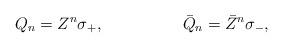
LaTeX: \begin{align*} Q_n=Z^n\sigma_+,\hskip 2cm \bar Q_n=\bar Z^n\sigma_-,\end{align*}